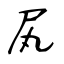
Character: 㞍